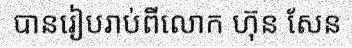
បានរៀបរាប់ពីលោក ហ៊ុន សែន